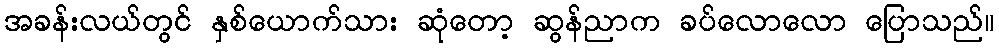
အခန်းလယ်တွင် နှစ်ယောက်သား ဆုံတော့ ဆွန်ညာက ခပ်လောလော ပြောသည်။